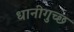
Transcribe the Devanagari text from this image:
धानीगुच्छ